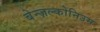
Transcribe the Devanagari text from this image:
बेन्ज़ल्कोनिउम